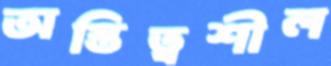
অস্তিত্বশীল